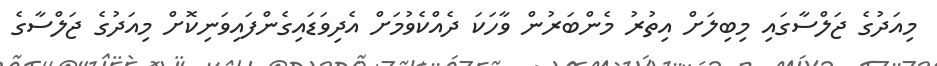
މިއަދުގެ ޖަލްސާގައި މިބިލަށް އިތުރު މެންބަރުން ވާހަކަ ދެއްކެވުމަށް އެދިވަޑައިގެންފައިވަނިކޮށް މިއަދުގެ ޖަލްސާގެ